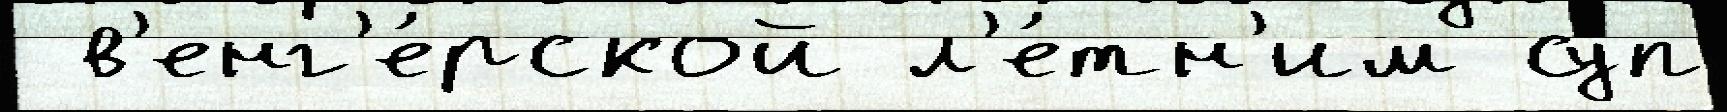
 в'енг'е́рской л'е́тн'им суп